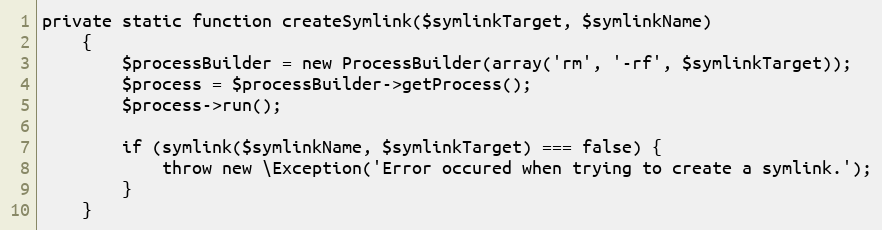
Language: PHP
private static function createSymlink($symlinkTarget, $symlinkName)
    {
        $processBuilder = new ProcessBuilder(array('rm', '-rf', $symlinkTarget));
        $process = $processBuilder->getProcess();
        $process->run();

        if (symlink($symlinkName, $symlinkTarget) === false) {
            throw new \Exception('Error occured when trying to create a symlink.');
        }
    }